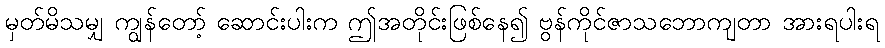
မှတ်မိသမျှ ကျွန်တော့် ဆောင်းပါးက ဤအတိုင်းဖြစ်နေ၍ ဗွန်ကိုင်ဇာသဘောကျတာ အားရပါးရ